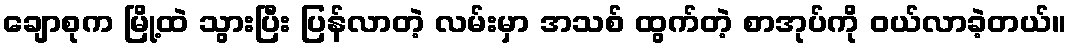
ချောစုက မြို့ထဲ သွားပြီး ပြန်လာတဲ့ လမ်းမှာ အသစ် ထွက်တဲ့ စာအုပ်ကို ဝယ်လာခဲ့တယ်။